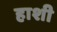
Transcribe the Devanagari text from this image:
हाशी